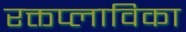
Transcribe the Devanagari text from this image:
रक्तप्लाविका